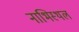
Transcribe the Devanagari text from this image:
नाभिस्थल